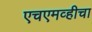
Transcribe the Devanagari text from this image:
एचएमव्हीचा